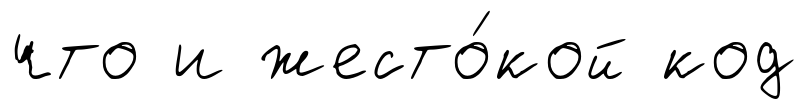
что и жесто́кой код